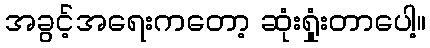
အခွင့်အရေးကတော့ ဆုံးရှုံးတာပေါ့။